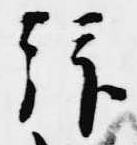
拝